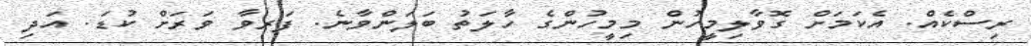
ރިސްކެއް. އެކަމަށް ގޮވާލިމީހުން މިމީހުންގެ ހާލަތު ބަަލަންވާނެ. ފަރވާ ވަރަށް ކުޑަ. އަދި